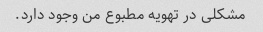
مشکلی در تهویه مطبوع من وجود دارد.